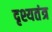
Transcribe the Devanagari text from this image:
दृश्यतंत्र